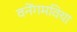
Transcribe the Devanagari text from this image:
वनेंगमविया